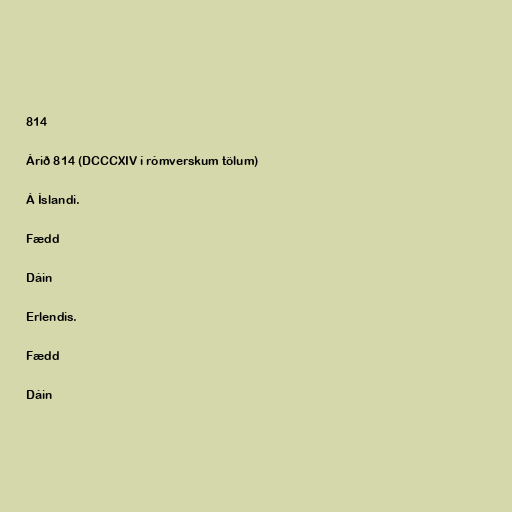
814

Árið 814 (DCCCXIV í rómverskum tölum)

Á Íslandi.

Fædd

Dáin

Erlendis.

Fædd

Dáin